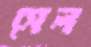
সেল